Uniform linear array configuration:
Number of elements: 8
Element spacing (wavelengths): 0.75
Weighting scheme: kaiser
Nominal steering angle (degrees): -30
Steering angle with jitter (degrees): -29.93
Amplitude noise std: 0.05
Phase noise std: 0.05

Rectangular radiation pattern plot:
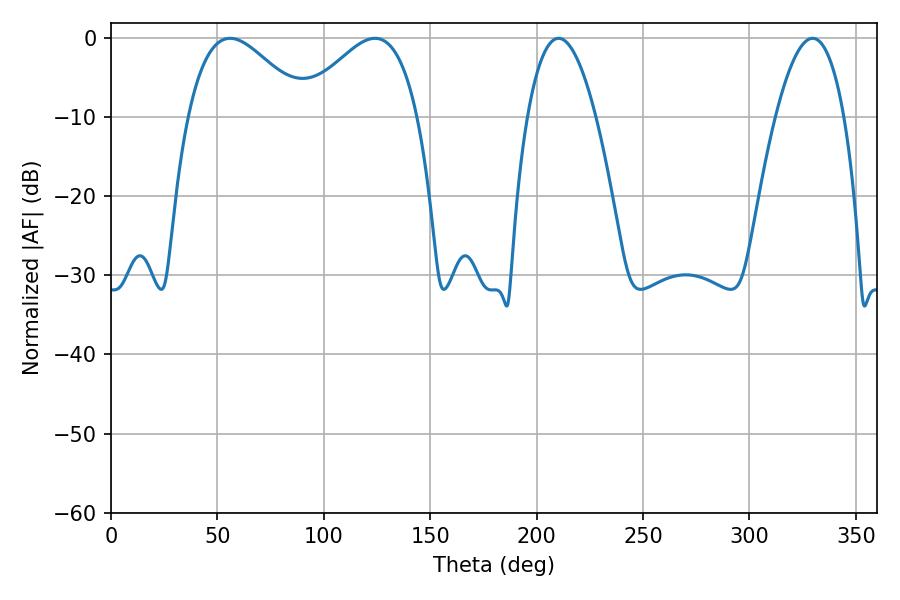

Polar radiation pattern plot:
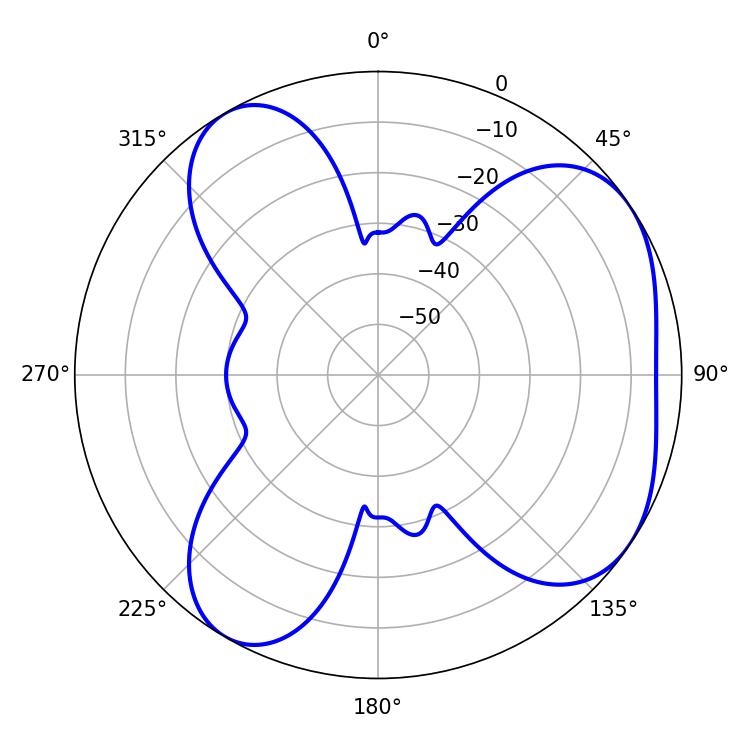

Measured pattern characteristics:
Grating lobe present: TRUE
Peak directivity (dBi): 5.055
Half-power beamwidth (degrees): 29.88
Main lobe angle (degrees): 55.98